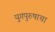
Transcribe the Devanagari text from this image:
युगपुरुषाचा